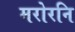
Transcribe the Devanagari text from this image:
मरोरनि